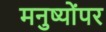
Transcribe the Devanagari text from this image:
मनुष्योंपर